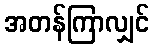
အတန်ကြာလျှင်